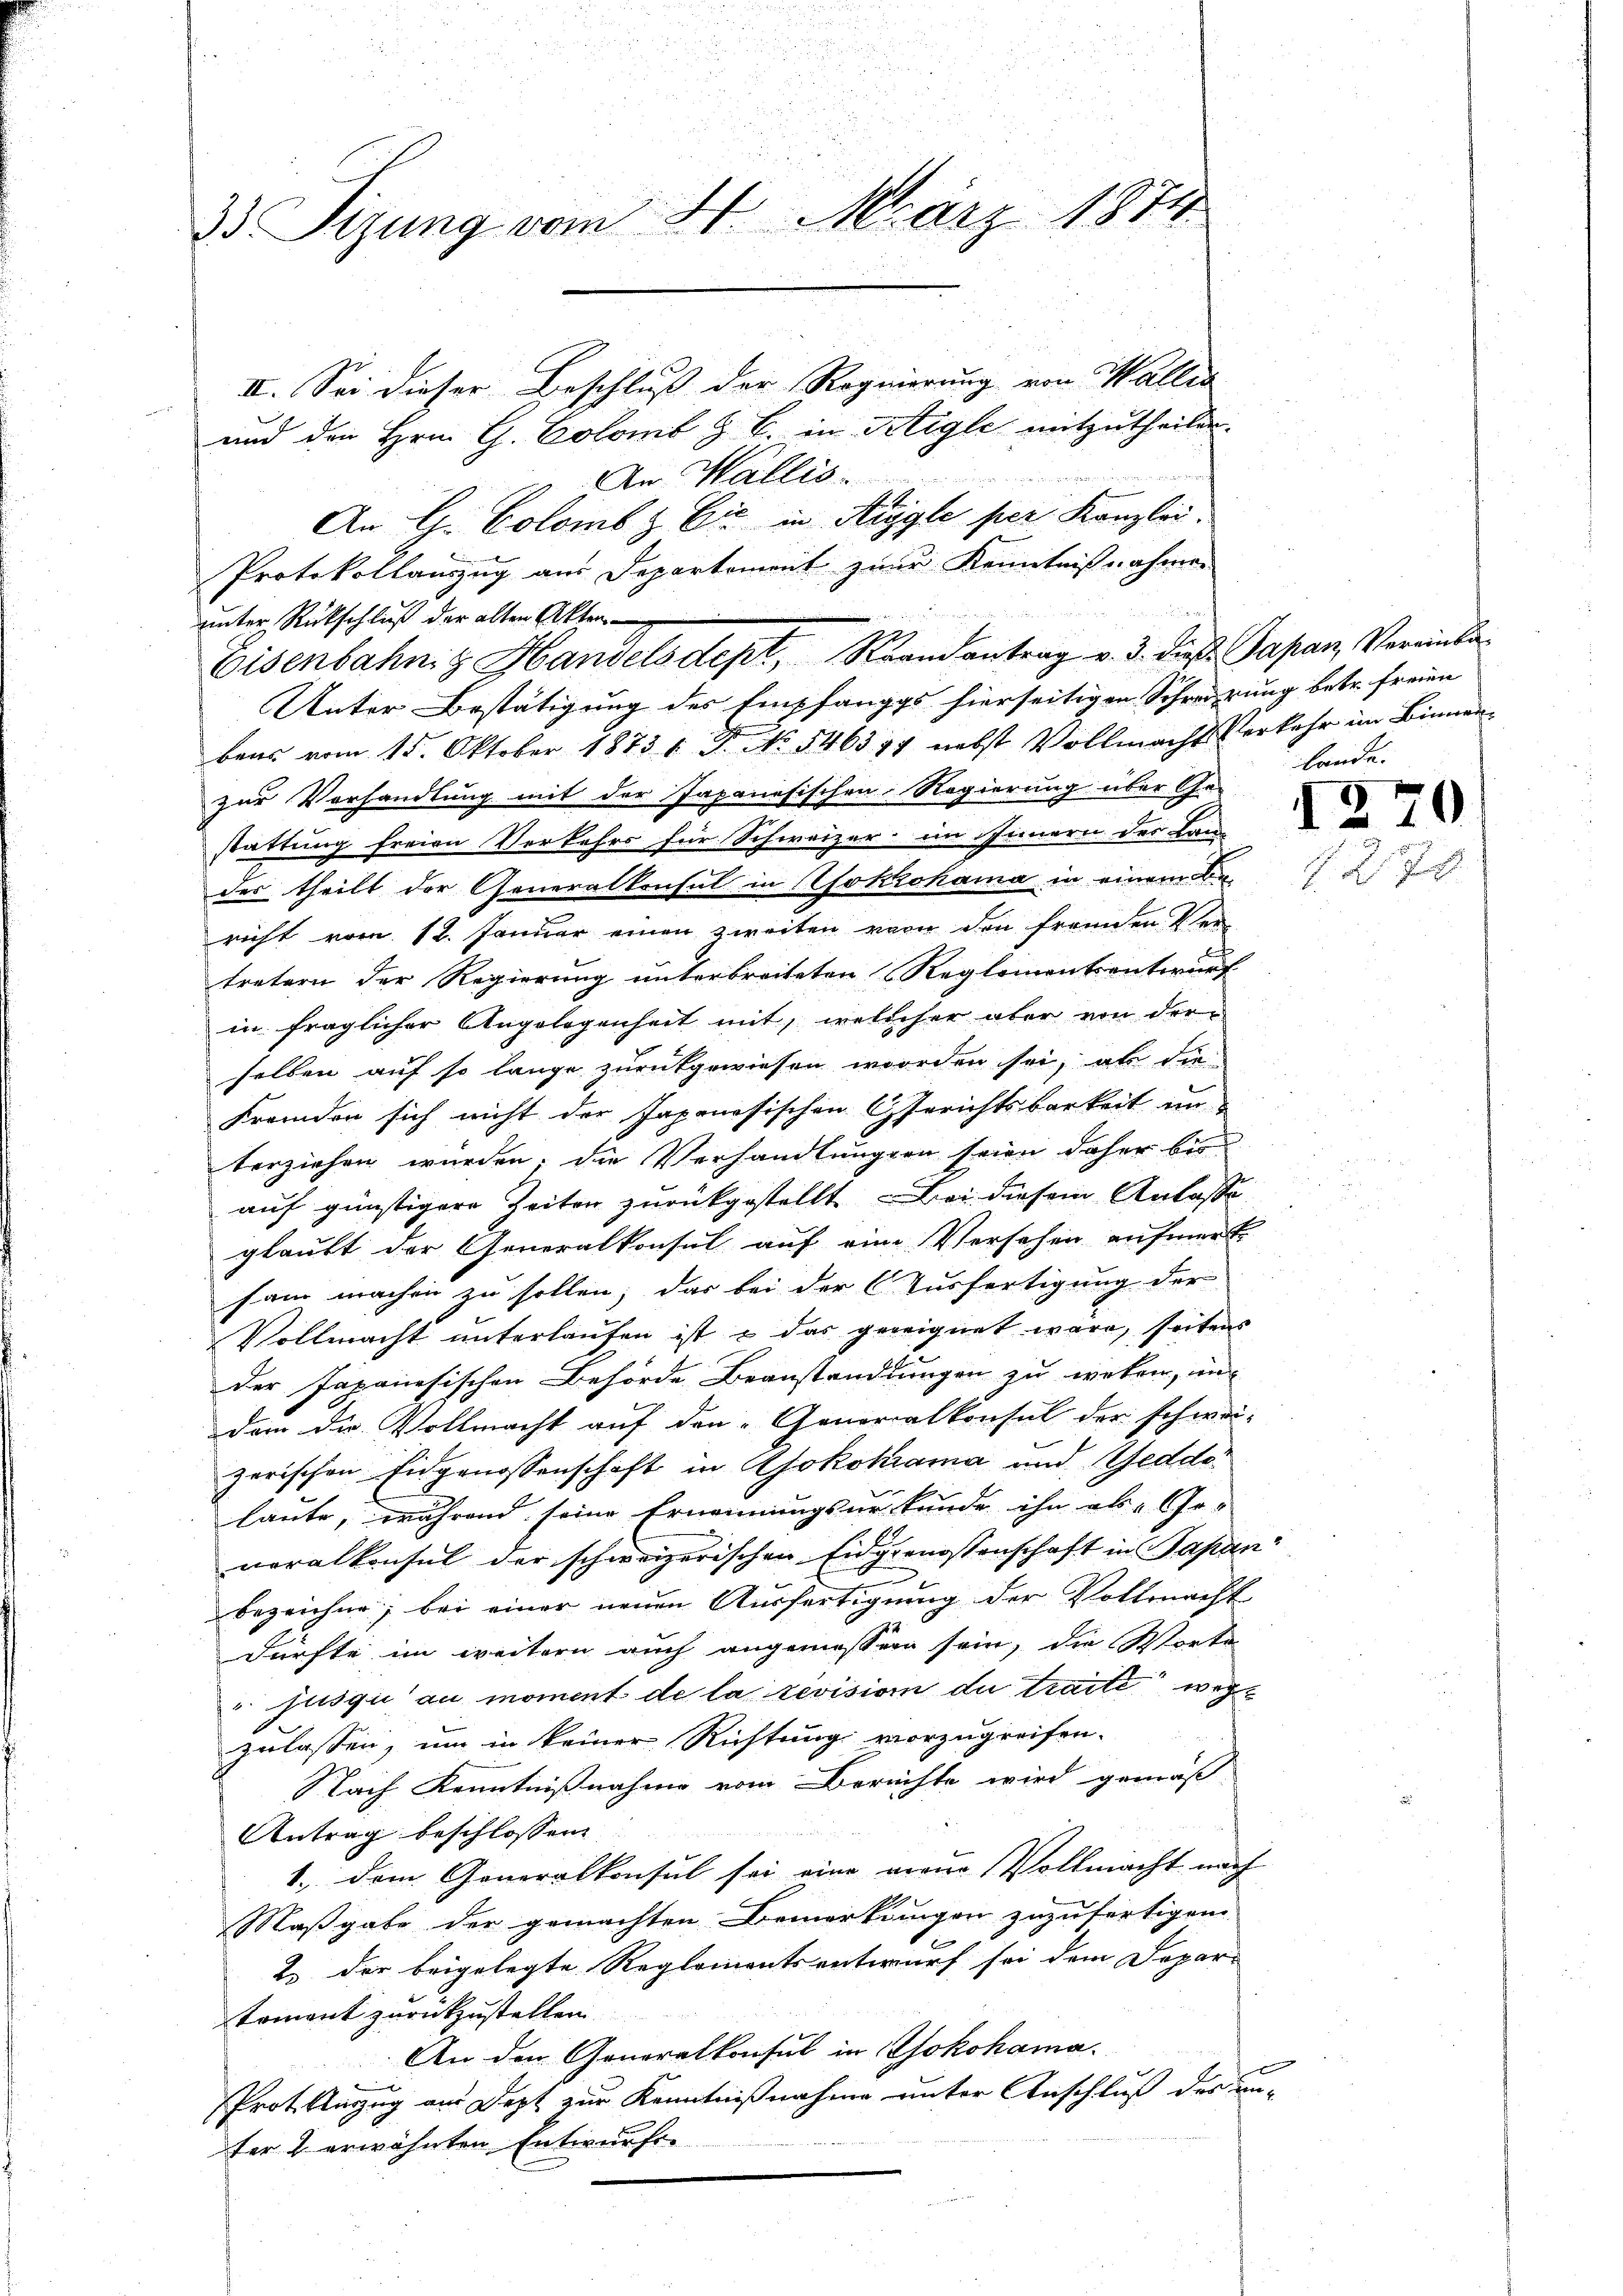
1
33 Sizung vom 21. März 1874.

u
An G. Colomb & Cie in Aigle per Kanzlei.
Protokollauszug aus Departement zur Kenntnißnahmen
unter Rückschluß der alten Akten
1
Unter Bestätigung des Empfangs hierseitigen Schreierung betr. freien
bens vom 15. Oktober 1873 1 Fr. No 546377 nebst Vollmacht Verkehr im Binnen
zur Vorhandlung mit der Japanesischen Regierung über Ge-
stattung freien Verkehrs für Schweizer im Innern der Bau-
der theilt der Generalkonsul in Yokohama in einem Be-
richt vom 12. Januar einen zweiten von den fremden Ver-
tretern der Regierung unterbreiteten Reglementsentwurf
in fraglicher Angelegenheit mit, welcher aber von der
selben auf so lange zurückgewiesen worden sei, als die
Fremden sich nicht der Japanesischen Gerichtsbarkeit un-
terziehen würden. Die Verhandlungen seien daher bis
auf günstigere Zeiten zurückgestellt. Bei diesem Anlasse
glaubt der Generalkonsul auf eine Versehen aufmerk
sam machen zu sollen, das bei der Ausfertigung der
Vollmacht unterlaufen ist & das gereignet wäre, seitens
der Japanesischen Behörde Beanstandlungen zu weken, un
dem die Vollmacht auf den Generalkonsul der schwei-
zerischen Eidgenossenschaft in Ajokokiama und Geddo
laute, während seine Ernennungsurkunde ihn als Ge-
neralkonsul der schweizerischen Eidgenossenschaft in Papan
bezeichne, bei einer neuen Ausfertigung der Vollmacht
dürfte im weitern auch angemessen sein, die Worte
 jusqu’au moment de la revision du traite wegzulassen, um in keiner Richtung vorzugreifen.
Nach Kenntnißnahme vom Berichte wird gemäß
Antrag beschlossen
1., dem Generalkonsul sei eine neue Vollmacht nach
Maßgabe der gemachten Bemerkungen zuzufertigen
e
2. der beigelegte Reglementsentwurf sei dem Depar-
toment zurückzustellen
An den Generalkonsul in Yokohama.
Prot. Auszug aus Dept zur Kenntnißnahme unter Anschluß des un-
4
fer 2 erwähnten Entwurfe

II. Sei dieser Beschluß der Regierung von Wallis
und den Hrn. G. Colomb z. B. in Stigle mitzutheilen.
An Wallis.

Eisenbahng Handelsdept, Strandantrag v. 3. dieß Japan Vereinba

bande.

1270
127